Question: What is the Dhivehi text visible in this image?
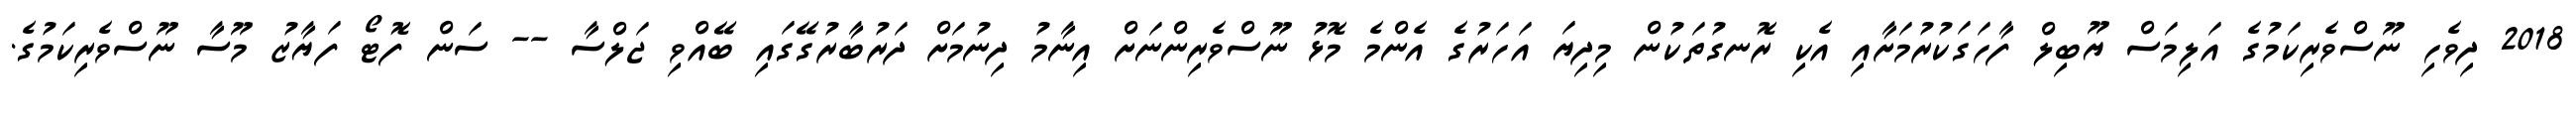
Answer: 2018 ދިވެހި ނޫސްވެރިކަމުގެ އަލިމަސް ޔޫބިލް ފާހަގަކުރުމަށާއި އެކި ރޮނގުތަކުން މިދިޔަ އަހަރުގެ އެންމެ މޮޅު ނޫސްވެރިންނަށް އިނާމު ދިނުމަށް ދަރުބާރުގޭގައި ބޭއްވި ޖަލްސާ -- ސަން ފޮޓޯ ފަޔާޒު މޫސާ ނޫސްވެރިކަމުގެ.